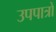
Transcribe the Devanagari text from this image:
उपपात्रों